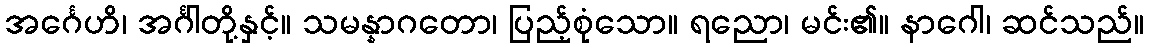
အင်္ဂေဟိ၊ အင်္ဂါတို့နှင့်။ သမန္နာဂတော၊ ပြည့်စုံသော။ ရညော၊ မင်း၏။ နာဂေါ၊ ဆင်သည်။